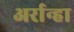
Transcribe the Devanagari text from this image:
अर्रान्हा